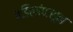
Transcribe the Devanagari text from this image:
वडिलांपासून